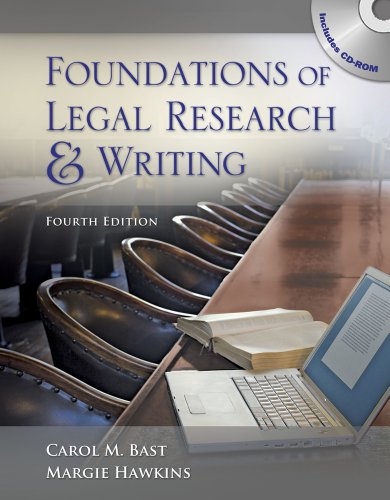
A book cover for Foundations of Legal Research and Writing; Carol M. Bast; Law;